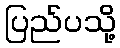
ပြည်ပသို့